Indian journal of veterinary science and animal husbandry - Volume 2,
Year: 1932
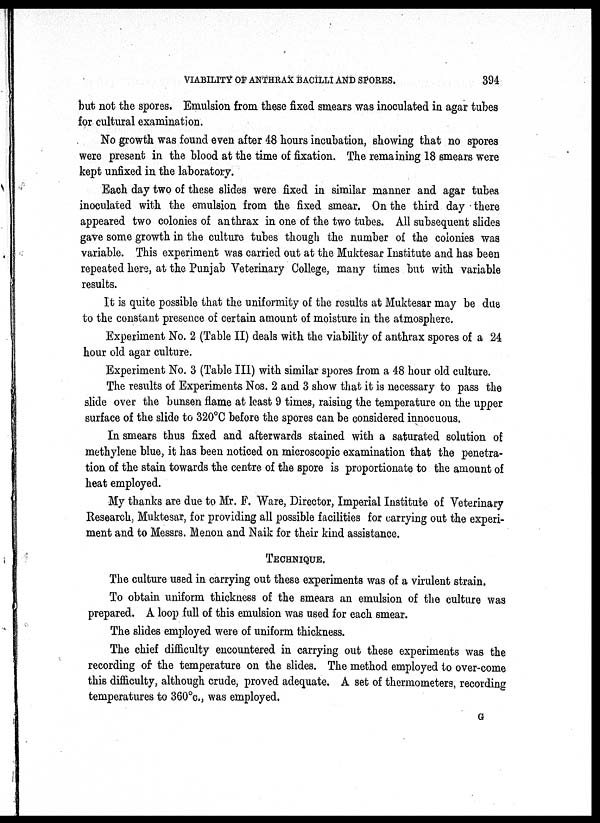
VIABILITY OF ANTHRAX BACILLI AND SPORES.
394
but not the spores. Emulsion from these fixed smears was inoculated in agar tubes
for cultural examination.
No growth was found even after 48 hours incubation, showing that no spores
were present in the blood at the time of fixation. The remaining 18 smears were
kept unfixed in the laboratory.
Each day two of these slides were fixed in similar manner and agar tubes
inoculated with the emulsion from the fixed smear. On the third day there
appeared two colonies of anthrax in one of the two tubes. All subsequent slides
gave some growth in the culture tubes though the number of the colonies was
variable. This experiment was carried out at the Muktesar Institute and has been
repeated here, at the Punjab Veterinary College, many times but with variable
results.
It is quite possible that the uniformity of the results at Muktesar may be due
to the constant presence of certain amount of moisture in the atmosphere.
Experiment No. 2 (Table II) deals with the viability of anthrax spores of a 24
hour old agar culture.
Experiment No. 3 (Table III) with similar spores from a 48 hour old culture.
The results of Experiments Nos. 2 and 3 show that it is necessary to pass the
slide over the bunsen flame at least 9 times, raising the temperature on the upper
surface of the slide to 320°C before the spores can be considered innocuous.
In smears thus fixed and afterwards stained with a saturated solution of
methylene blue, it has been noticed on microscopic examination that the penetra-
tion of the stain towards the centre of the spore is proportionate to the amount of
heat employed.
My thanks are due to Mr. F. Ware, Director, Imperial Institute of Veterinary
Research, Muktesar, for providing all possible facilities for carrying out the experi-
ment and to Messrs. Menon and Naik for their kind assistance.
TECHNIQUE.
The culture used in carrying out these experiments was of a virulent strain.
To obtain uniform thickness of the smears an emulsion of the culture was
prepared. A loop full of this emulsion was used for each smear.
The slides employed were of uniform thickness.
The chief difficulty encountered in carrying out these experiments was the
recording of the temperature on the slides. The method employed to over-come
this difficulty, although crude, proved adequate. A set of thermometers, recording
temperatures to 360°c., was employed.
G